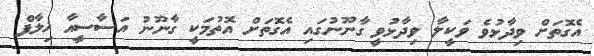
އެގޮތަށް ވިދާޅުވެ ވަކީލާ ވިދާޅުވީ ގާނޫނުގައި އެގޮތަށް އޮތުމަކީ ގާނޫނު އަސާސީއާ ޚިލާފް